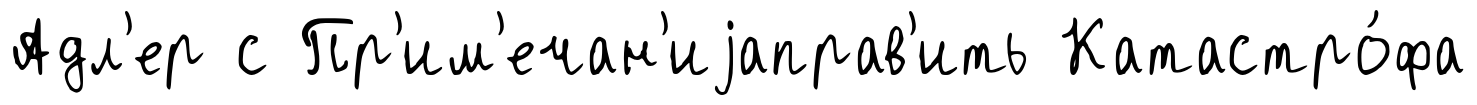
Адл'ер с Пр'им'ечан'иjаправ'ить Катастро́фа